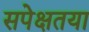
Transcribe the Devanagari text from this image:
सपेक्षतया